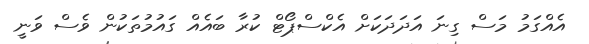
އެއްގަމު މަސް ގިނަ އަދަދަކަށް އެކްސްޕޯޓް ކުރާ ބައެއް ގައުމުތަކުން ވެސް ވަނީ